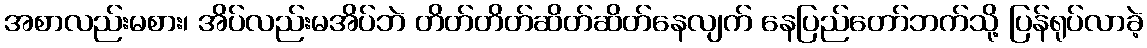
အစာလည်းမစား၊ အိပ်လည်းမအိပ်ဘဲ တိတ်တိတ်ဆိတ်ဆိတ်နေလျက် နေပြည်တော်ဘက်သို့ ပြန်ရုပ်လာခဲ့